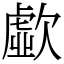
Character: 歔